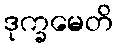
ဒုက္ခမေတိ